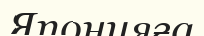
Японияға